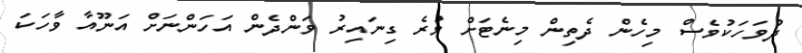
ދުވަހަކުވެސް މިހެން ދެތިން މިނެޓަށް ވުރެ ގިނައިރު ވަންދެން އަހަންނަށް އަނޫއާ ވާހަކަ